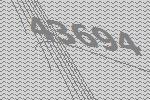
43694